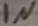
Text: IN